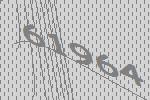
61964